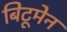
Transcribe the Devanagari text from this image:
बिटूमेन